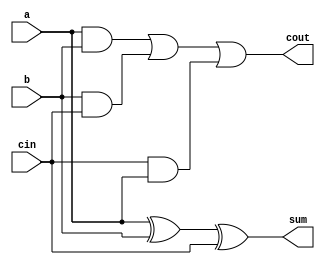
module day2 (
  input a,
  input b,
  input cin,
  output reg sum,
  output reg cout
);
  
  assign sum = (a ^ b ^ cin);
  assign cout = (a & b) | (b & cin) | (cin & a);
 
endmodule